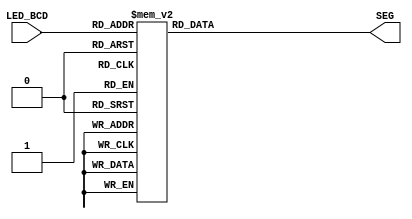
//Binary to BCD
// Developed by: jesus Adrian Guerra with help from Rhyan Johnson and Jeneane Amin
// Converts BCD from frequency counter to the 7 segment display

module BCDtoSevenSeg(

input [3:0] LED_BCD,

output reg [6:0]SEG = 7'b0

);

always@(*)
begin
  case(LED_BCD)
               4'b0000: SEG = 7'b1000000; // "0"
               4'b0001: SEG = 7'b1111001; // "1"
               4'b0010: SEG = 7'b0100100; // "2"
               4'b0011: SEG = 7'b0110000; // "3"
               4'b0100: SEG = 7'b0011001; // "4"
               4'b0101: SEG = 7'b0010010; // "5"
               4'b0110: SEG = 7'b0000010; // "6"
               4'b0111: SEG = 7'b1111000; // "7"
               4'b1000: SEG = 7'b0000000; // "8"
               4'b1001: SEG = 7'b0011000; // "9"
               default: SEG = 7'b1000000; // "0"
  endcase

end

endmodule